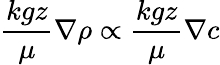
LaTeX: \frac{kgz}{\mu}\nabla\rho\propto\frac{kgz}{\mu}\nabla c